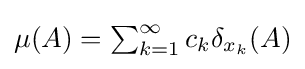
{\textstyle \mu (A)=\sum _{k=1}^{\infty }c_{k}\delta _{x_{k}}(A)}